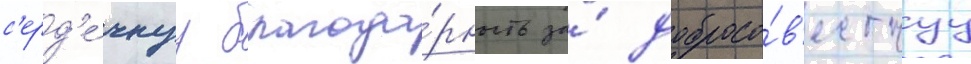
с'ерд'е́чнуу благода́рность за́ добросо́в'естнуу